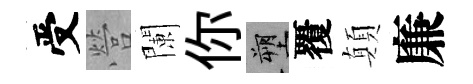
受營闌你塑覆顛廉